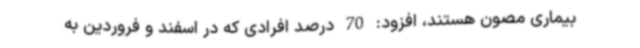
بیماری مصون هستند، افزود: 70 درصد افرادی که در اسفند و فروردین به